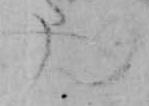
ん